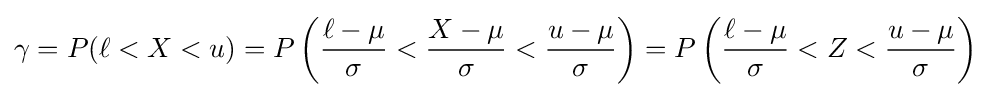
\gamma =P(\ell <X<u)=P\left({\frac {\ell -\mu }{\sigma }}<{\frac {X-\mu }{\sigma }}<{\frac {u-\mu }{\sigma }}\right)=P\left({\frac {\ell -\mu }{\sigma }}<Z<{\frac {u-\mu }{\sigma }}\right)